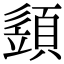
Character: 𩓣